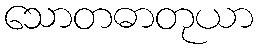
သောတဓာတုယာ